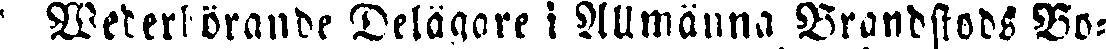
Wederhörande Delägare i Allmänna Brandstods Bo-